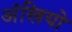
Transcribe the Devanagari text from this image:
अंखियो